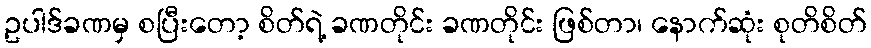
ဥပါဒ်ခဏမှ စပြီးတော့ စိတ်ရဲ့ ခဏတိုင်း ခဏတိုင်း ဖြစ်တာ၊ နောက်ဆုံး စုတိစိတ်